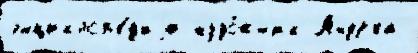
энциклоп'е́д'иjи худо́жн'ик Андр'еа